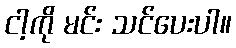
ငါ့ကို မင်း သင်ပေးပါ။